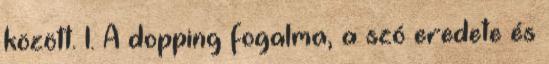
között. 1. A dopping fogalma, a szó eredete és